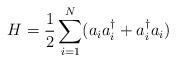
LaTeX: \begin{align*}H = {1\over2} \sum_{i=1}^N (a_ia^\dagger_i + a^\dagger_i a_i)\end{align*}